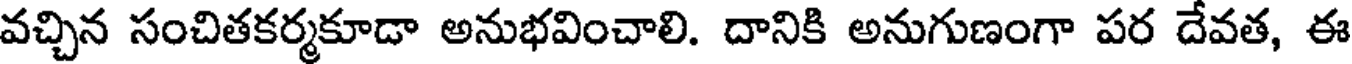
వచ్చిన సంచితకర్మకూడా అనుభవించాలి. దానికి అనుగుణంగా పర దేవత, ఈ